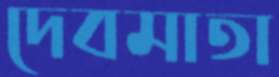
দেবমাতা